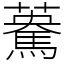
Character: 𩤯